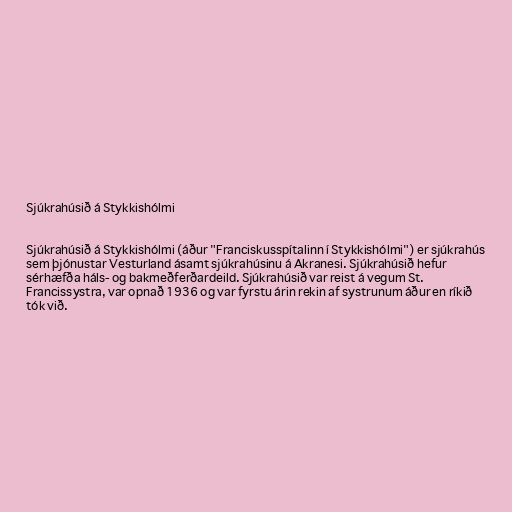
Sjúkrahúsið á Stykkishólmi

Sjúkrahúsið á Stykkishólmi (áður "Franciskusspítalinn í Stykkishólmi") er sjúkrahús
sem þjónustar Vesturland ásamt sjúkrahúsinu á Akranesi. Sjúkrahúsið hefur
sérhæfða háls- og bakmeðferðardeild. Sjúkrahúsið var reist á vegum St.
Francissystra, var opnað 1936 og var fyrstu árin rekin af systrunum áður en ríkið
tók við.